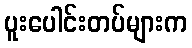
ပူးပေါင်းတပ်များက